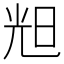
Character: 𣆥